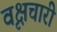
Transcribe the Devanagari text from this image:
वृक्षचारी